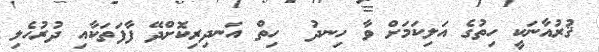
ޤުރުއާނަކީ ހިތުގެ އަލިކަމަށް ވާ ހިނދު  ހިތް އަނދިރިކޮށްދޭ ފާފަތަކާއި ދުރުހެލި